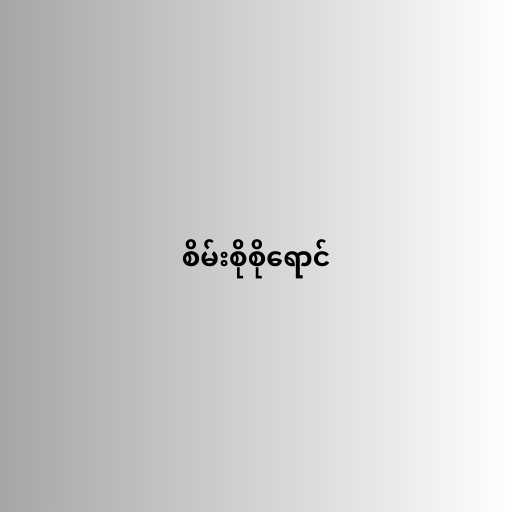
စိမ်းစိုစိုရောင်